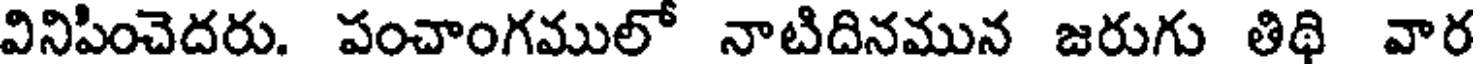
వినిపించెదరు. పంచాంగములో నాటిదినమున జరుగు తిథి వార